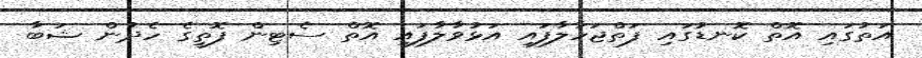
އަތުގައި އޮތް ކޮނޑުގައި ފަތްޖަހާލާފައި އަޅުވާލާފައި އޮތް ސެޓިން ފޮތީގެ ހެދުން ޝަބާ